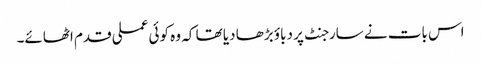
اس بات نے سارجنٹ پر دباؤ بڑھا دیا تھا کہ وہ کوئی عملی قدم اٹھائے۔